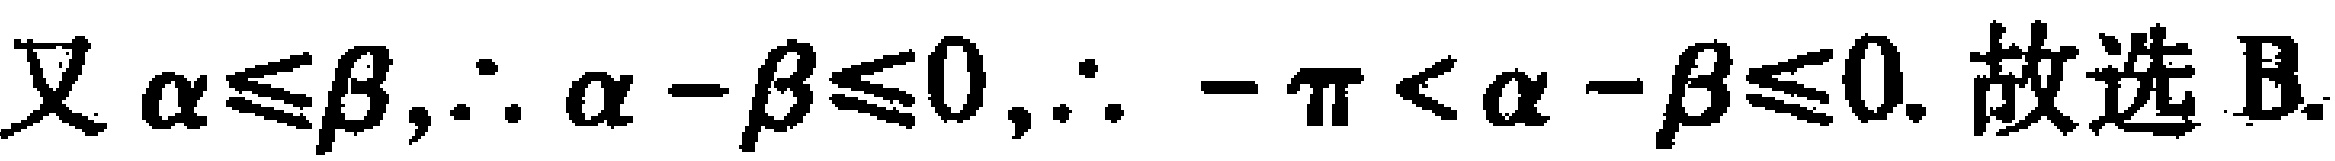
又\(\alpha\leqslant\beta,\therefore \alpha - \beta\leqslant0,\therefore -\pi < \alpha - \beta\leqslant0.\) 故选 B.